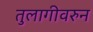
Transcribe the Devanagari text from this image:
तुलागीवरुन